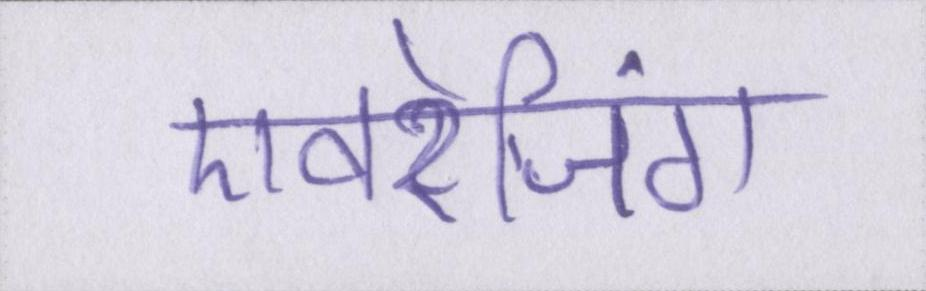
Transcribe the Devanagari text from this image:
एवरेजिंग